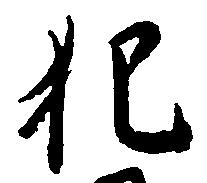
犯